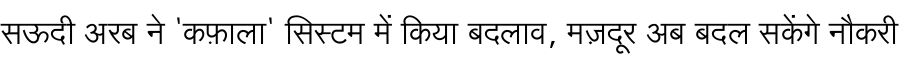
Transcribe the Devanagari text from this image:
सऊदी अरब ने 'कफ़ाला' सिस्टम में किया बदलाव, मज़दूर अब बदल सकेंगे नौकरी